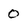
Character: 0